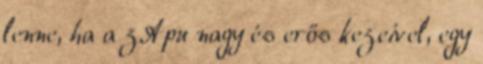
lenne, ha a zApu nagy és erős kezeivel, egy